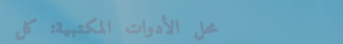
محل الأدوات المكتبية: كل